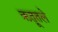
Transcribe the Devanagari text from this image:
ऋतूतले